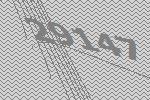
29147